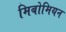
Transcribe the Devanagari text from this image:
मिबोमियन